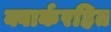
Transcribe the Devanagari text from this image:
क्वार्करहित